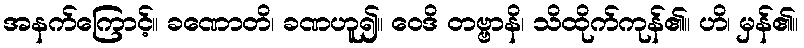
အနက်ကြောင့်။ ခဏောတိ၊ ခဏဟူ၍။ ဝေဒိ တဗ္ဗာနိ၊ သိထိုက်ကုန်၏။ ဟိ၊ မှန်၏။